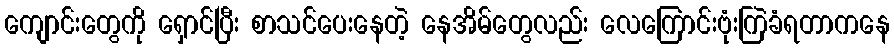
ကျောင်းတွေကို ရှောင်ပြီး စာသင်ပေးနေတဲ့ နေအိမ်တွေလည်း လေကြောင်းဗုံးကြဲခံရတာကနေ